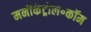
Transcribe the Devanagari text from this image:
मनीकंट्रोल॰कॉम